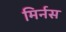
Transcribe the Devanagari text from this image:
मिर्नस